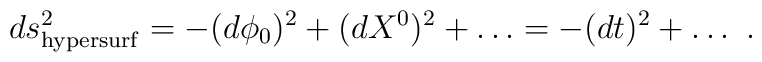
ds^2_{\rm hypersurf} = -(d\phi_0)^2 + (dX^0)^2 + \dots = - (dt)^2 + \dots~.